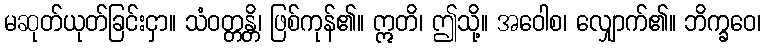
မဆုတ်ယုတ်ခြင်းငှာ။ သံဝတ္တန္တိ၊ ဖြစ်ကုန်၏။ ဣတိ၊ ဤသို့။ အဝေါစ၊ လျှောက်၏။ ဘိက္ခဝေ၊